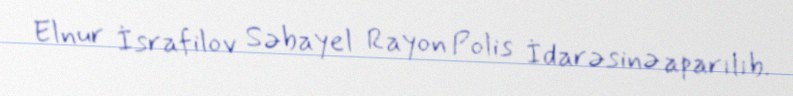
Elnur İsrafilov Səbayel Rayon Polis İdarəsinə aparılıb.